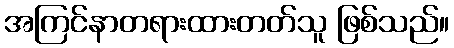
အကြင်နာတရားထားတတ်သူ ဖြစ်သည်။